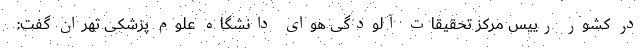
در کشور رییس مرکز تحقیقات آلودگی هوای دانشگاه علوم پزشکی تهران گفت: